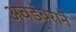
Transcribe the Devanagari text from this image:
अवडंबराने